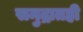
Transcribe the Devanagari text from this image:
समुद्रातही